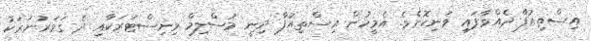
އިސްތިއުފާ ދެއްވާފައި ވަނިކޮށެވެ. އެމީހުން އިސްތިއުފާ ދިނީ މުސްލިމް މިނިސްޓަރަކާއި ދެ ގަވަރުނަރަކު